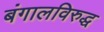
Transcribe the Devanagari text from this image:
बंगालविरुद्ध